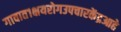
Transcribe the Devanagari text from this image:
गावात१क्षयरोगउपचारकेंद्रआहे